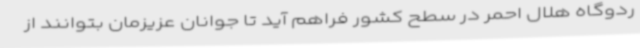
ردوگاه هلال احمر در سطح کشور فراهم آید تا جوانان عزیزمان بتوانند از